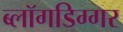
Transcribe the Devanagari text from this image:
ब्लॉगडिग्गर